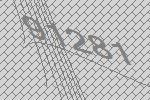
91281